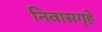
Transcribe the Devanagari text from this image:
निवासगृहे